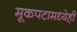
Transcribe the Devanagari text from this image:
मूकपटामध्येही